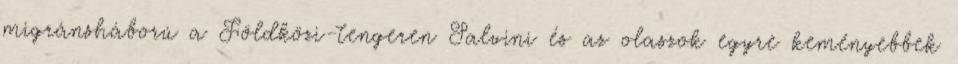
migránsháború a Földközi-tengeren Salvini és az olaszok egyre keményebbek